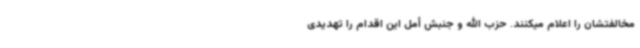
مخالفتشان را اعلام میکنند. حزب الله و جنبش أمل این اقدام را تهدیدی